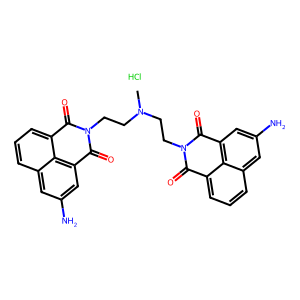
SMILES: CN(CCN1C(=O)c2cccc3cc(N)cc(c23)C1=O)CCN1C(=O)c2cccc3cc(N)cc(c23)C1=O.Cl
Inhibits HIV replication: No